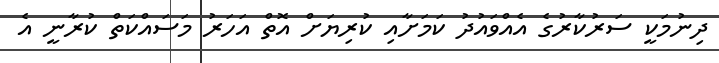
ދިނުމަކީ ސަރުކާރުގެ އެއްވައުދު ކަމަށާއި ކުރިޔަށް އޮތް އަހަރު މަސައްކަތް ކުރާނީ އެ